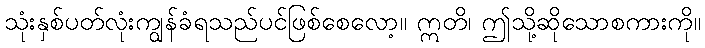
သုံးနှစ်ပတ်လုံးကျွန်ခံရသည်ပင်ဖြစ်စေလော့။ ဣတိ၊ ဤသို့ဆိုသောစကားကို။